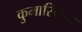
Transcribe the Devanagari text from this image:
कुमारिकेचा